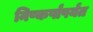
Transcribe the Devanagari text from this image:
निष्कर्षांपर्यंत